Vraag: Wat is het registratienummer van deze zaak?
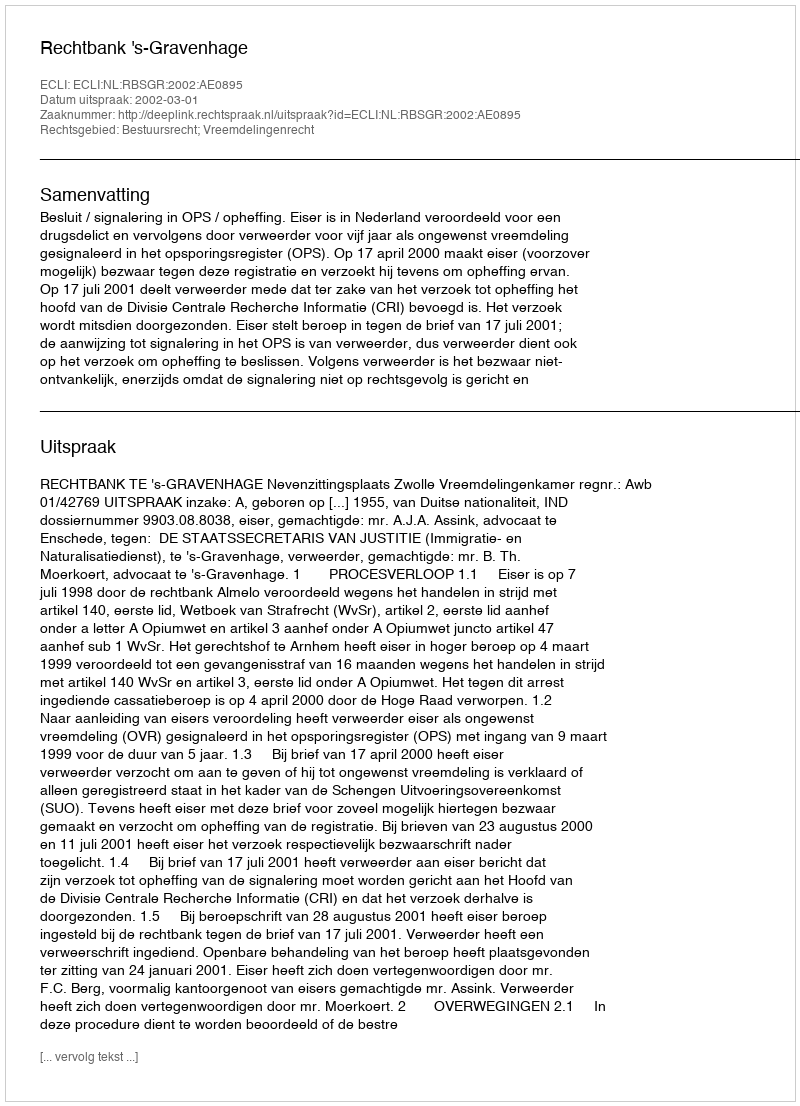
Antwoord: http://deeplink.rechtspraak.nl/uitspraak?id=ECLI:NL:RBSGR:2002:AE0895